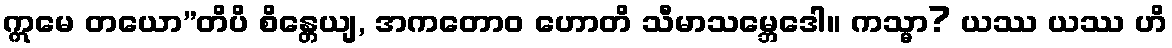
ဣမေ တယော”တိပိ စိန္တေယျ, အကတောဝ ဟောတိ သီမာသမ္ဘေဒေါ။ ကသ္မာ? ယဿ ယဿ ဟိ